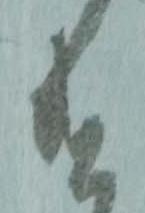
遣